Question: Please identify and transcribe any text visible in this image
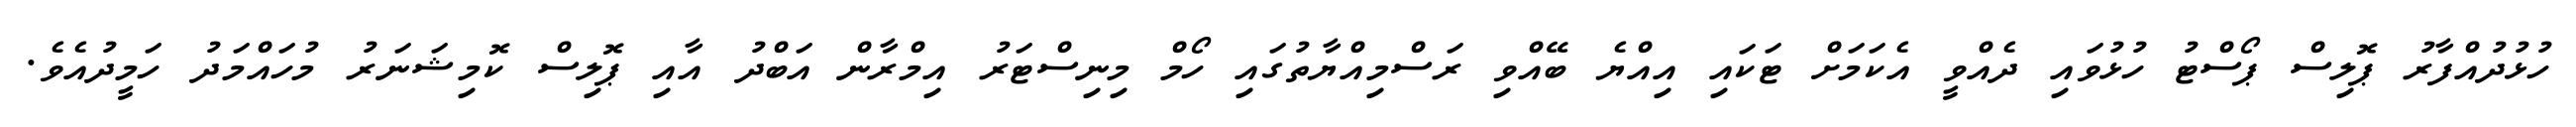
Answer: ހުޅުދުއްފާރު ޕޮލިސް ޕޯސްޓު ހުޅުވައި ދެއްވީ އެކަމަށް ޓަކައި އިއްޔެ ބޭއްވި ރަސްމިއްޔާތުގައި ހޯމް މިނިސްޓަރު އިމްރާން އަބްދު އާއި ޕޮލިސް ކޮމިޝަނަރު މުހައްމަދު ހަމީދުއެވެ.